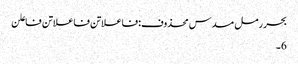
بحر رمل مسدس محذوف:فاعلاتن فاعلاتن فاعلن
6۔